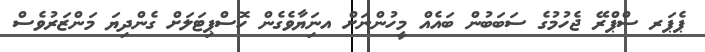
ޕެޕަރ ސްޕްރޭ ޖެހުމުގެ ސަބަބުން ބައެއް މީހުންނަށް އނަިޔާވެގެން ހޮސްޕިޓަލަށް ގެންދިޔަ މަންޒަރުވެސް